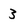
Character: 3